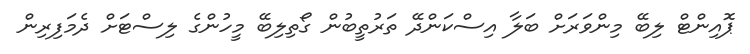
ޕޮއިންޓް ލިބޭ މިންވަރަށް ބަލާ އިސްކަންދޭ ތަރުތީބުން ގޯތިލިބޭ މީހުންގެ ލިސްޓަށް ދެމަފިރިން